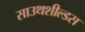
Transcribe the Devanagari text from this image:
साउथशील्डस